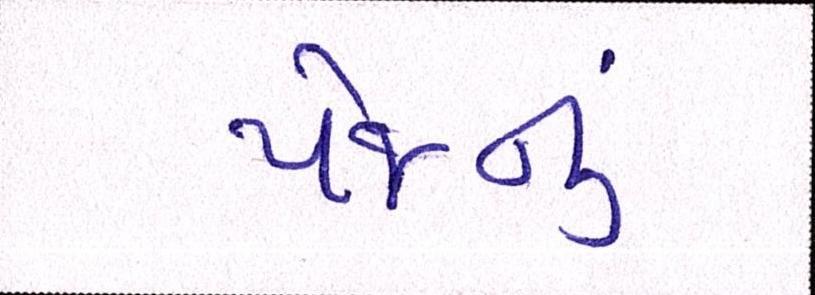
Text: પેજનું